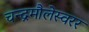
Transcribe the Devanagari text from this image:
चन्द्रमौलेस्वरर